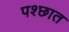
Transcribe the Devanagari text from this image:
पश्छात